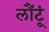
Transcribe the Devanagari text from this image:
लौंटूं